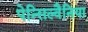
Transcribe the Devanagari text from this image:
पेन्सिल्वैनिया